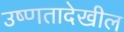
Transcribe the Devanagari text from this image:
उष्णतादेखील